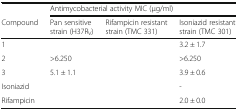
<table><thead><tr><td>[EMPTY_CELL]</td><td colspan="3"><b>Antimycobacterial activity MIC (μg/ml)</b></td></tr><tr><td><b>Compound</b></td><td><b>Pan sensitive strain (H37R<sub>V</sub>)</b></td><td><b>Rifampicin resistant strain (TMC 331)</b></td><td><b>Isoniazid resistant strain (TMC 301)</b></td></tr></thead><tbody><tr><td>1</td><td>[EMPTY_CELL]</td><td>[EMPTY_CELL]</td><td>3.2 ± 1.7</td></tr><tr><td>2</td><td>&gt;6.250</td><td>[EMPTY_CELL]</td><td>&gt;6.250</td></tr><tr><td>3</td><td>5.1 ± 1.1</td><td>[EMPTY_CELL]</td><td>3.9 ± 0.6</td></tr><tr><td>Isoniazid</td><td>[EMPTY_CELL]</td><td>[EMPTY_CELL]</td><td>-</td></tr><tr><td>Rifampicin</td><td>[EMPTY_CELL]</td><td>[EMPTY_CELL]</td><td>2.0 ± 0.0</td></tr></tbody></table>